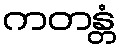
ကတန္တံ